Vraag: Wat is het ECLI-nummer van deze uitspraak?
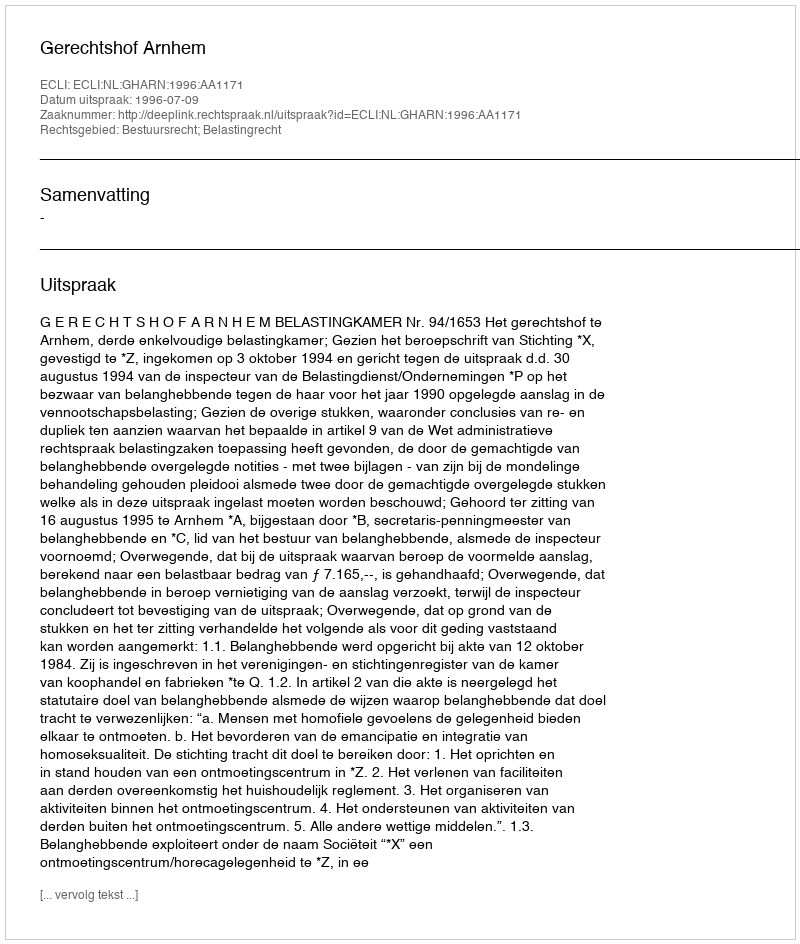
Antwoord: ECLI:NL:GHARN:1996:AA1171